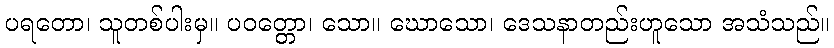
ပရတော၊ သူတစ်ပါးမှ။ ပဝတ္တော၊ သော။ ဃောသော၊ ဒေသနာတည်းဟူသော အသံသည်။